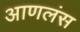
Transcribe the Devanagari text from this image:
आणलंस